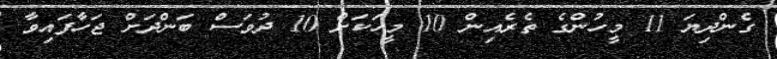
ގެންދިޔަ 11 މީހުންގެ ތެރެއިން 10 މީހަކަށް 10 ދުވަސް ބަންދަށް ޖަހާފައިވާ